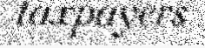
taxpayers